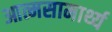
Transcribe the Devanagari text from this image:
आत्मसामार्थ्य